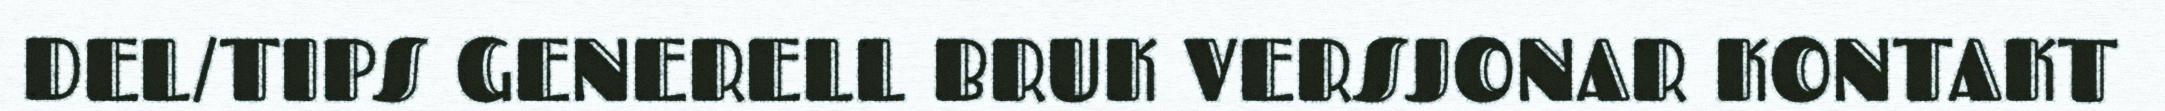
DEL/TIPS GENERELL BRUK VERSJONAR KONTAKT